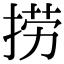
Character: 捞